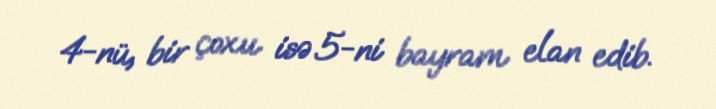
4-nü, bir çoxu isə 5-ni bayram elan edib.